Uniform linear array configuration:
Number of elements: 4
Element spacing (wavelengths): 0.75
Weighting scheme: exponential
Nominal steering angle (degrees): -30
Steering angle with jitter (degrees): -31.824
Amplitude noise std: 0.05
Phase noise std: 0.05

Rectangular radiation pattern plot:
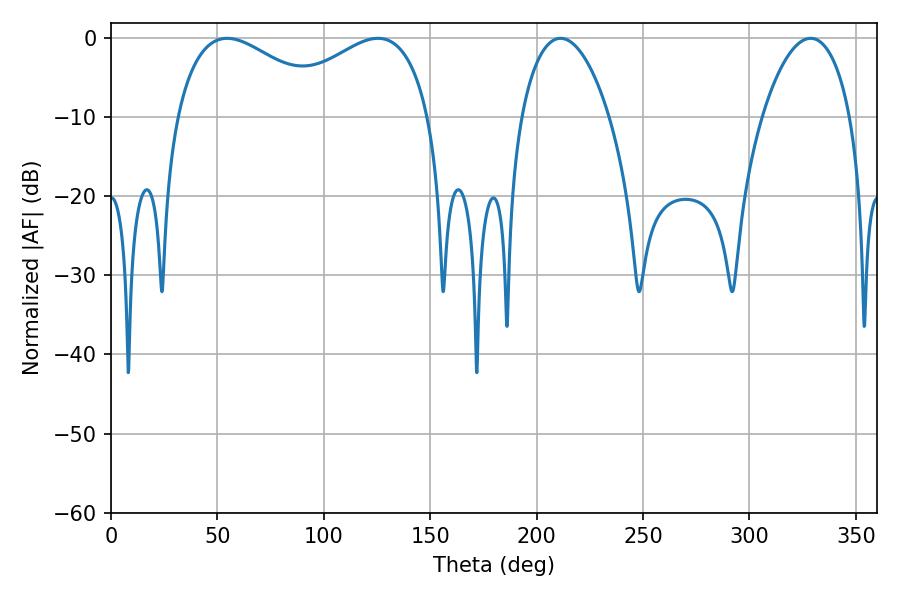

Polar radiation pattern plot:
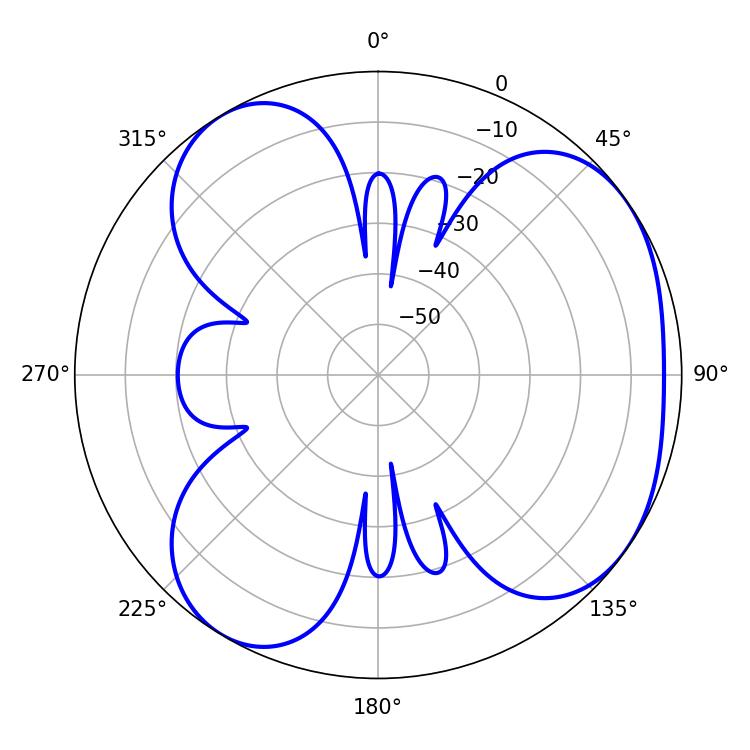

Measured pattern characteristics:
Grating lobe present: TRUE
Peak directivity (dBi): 4.63
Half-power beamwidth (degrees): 40.68
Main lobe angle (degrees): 54.54